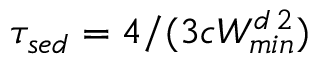
\tau _ { s e d } = 4 / ( 3 c W _ { m i n } ^ { d \, 2 } )